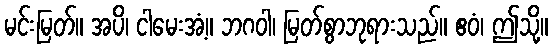
မင်းမြတ်။ အပိ၊ ငါမေးအံ့။ ဘဂဝါ၊ မြတ်စွာဘုရားသည်။ ဧဝံ၊ ဤသို့။